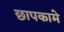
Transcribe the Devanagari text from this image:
छापकामे